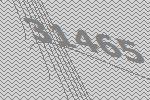
31465